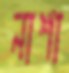
নাশা